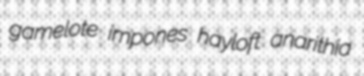
gamelote impones hayloft anarithia